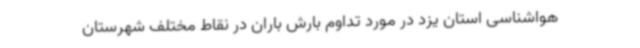
هواشناسی استان یزد در مورد تداوم بارش باران در نقاط مختلف شهرستان